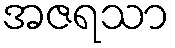
အဇရသာ